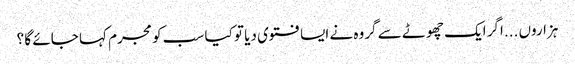
ہزاروں ...اگر ایک چھوٹے سے گروہ نے ایسا فتوی دیا تو کیا سب کو مجرم کہا جائے گا ؟